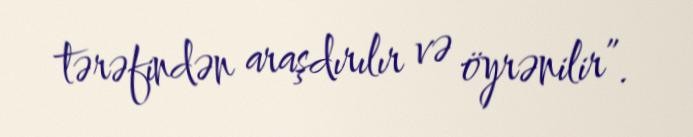
tərəfindən araşdırılır və öyrənilir”.